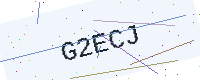
Text: G2ECJ